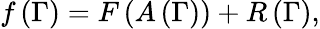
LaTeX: f\left(\Gamma\right)=F\left(A\left(\Gamma\right)\right)+R\left(\Gamma\right),